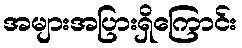
အများအပြားရှိကြောင်း